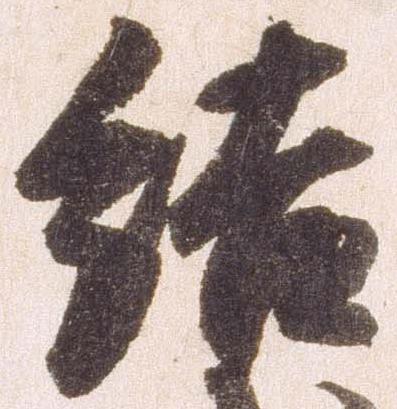
結